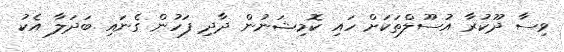
ވިސާ ދޫކުރާ އުސޫލްތަކަށް ހައި ކޮމިޝަނުން ދާދި ފަހުން ގެނައި ބަދަލާ އެކު